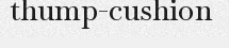
thump-cushion